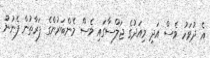
އެ ދުވަހު ވެސް އަދި މިއަދުގެ ޖަލްސާގައި ވެސް މެންބަރުންގެ ފަރާތުން ފެނުނު